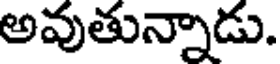
అవుతున్నాడు.